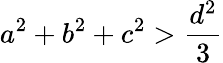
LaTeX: a^{2}+b^{2}+c^{2}>{\frac{d^{2}}{3}}